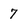
Character: 7